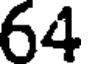
64